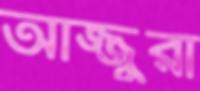
আজ্জুরা